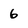
Character: 6